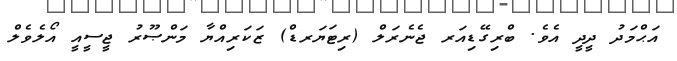
އަޙްމަދު ދީދީ އެވެ. ބްރިގޭޑިއަރ ޖެނެރަލް (ރިޓަޔަރޑް) ޒަކަރިއްޔާ މަންޞޫރު ޖީސީއީ އޯލެވެލް